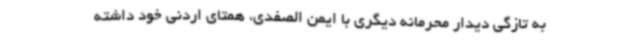
به تازگی دیدار محرمانه دیگری با ایمن الصفدی، همتای اردنی خود داشته